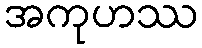
အကုဟဿ